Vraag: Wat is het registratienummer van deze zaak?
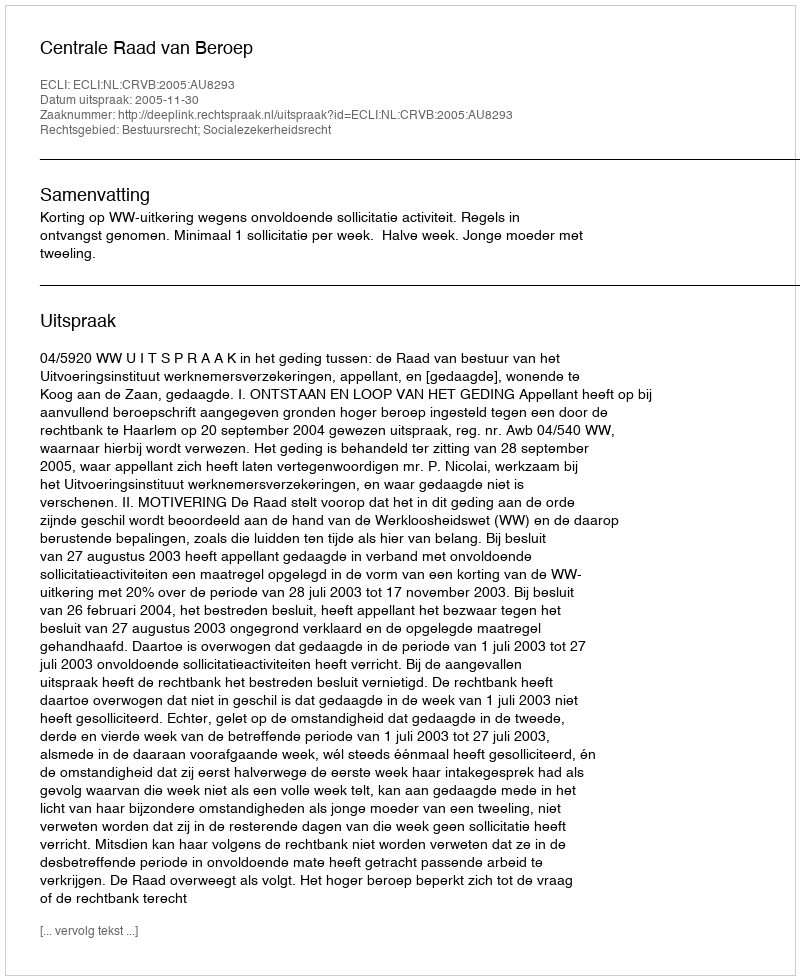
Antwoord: http://deeplink.rechtspraak.nl/uitspraak?id=ECLI:NL:CRVB:2005:AU8293